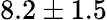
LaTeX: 8.2\pm 1.5